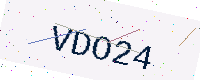
Text: VDO24